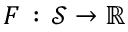
F \, : \, \mathcal { S } \rightarrow \mathbb { R }